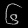
Digit: ၆